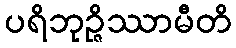
ပရိဘုဉ္ဇိဿာမီတိ